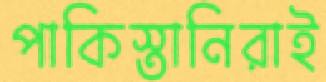
পাকিস্তানিরাই